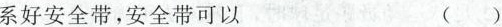
系好安全带，安全带可以 ()